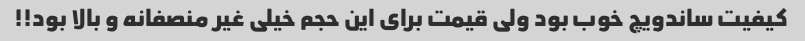
کیفیت ساندویچ خوب بود ولی قیمت برای این حجم خیلی غیر منصفانه و بالا بود!!